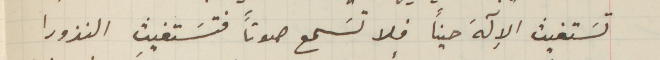
تسَتغيث الاِلَهَ حيناً فلا تسَمع صوتاً فتسَتغيث النذورا